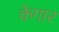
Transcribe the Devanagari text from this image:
केंगार